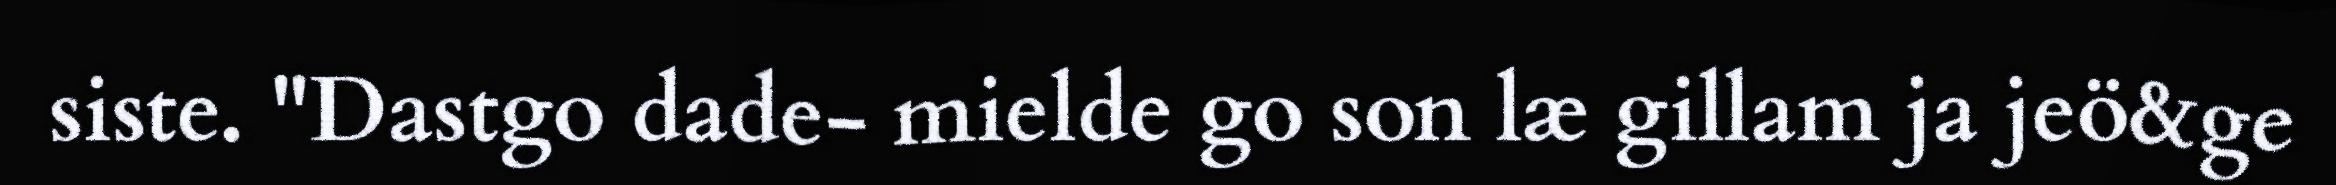
siste. "Dastgo dade- mielde go son læ gillam ja jeö&ge